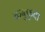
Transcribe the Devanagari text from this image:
कबुफुदा